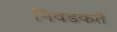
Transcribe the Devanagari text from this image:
निवडकर्ते